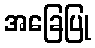
အခြေပြု